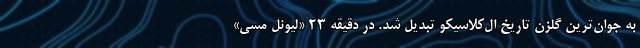
به جوان‌ترین گلزن تاریخ ال‌کلاسیکو تبدیل شد. در دقیقه ۲۳ «لیونل مسی»